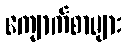
ကျောက်စာများ